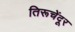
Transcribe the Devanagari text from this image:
तिरूचेंदूर